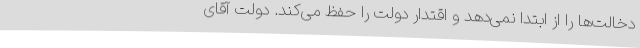
دخالت‌ها را از ابتدا نمی‌دهد و اقتدار دولت را حفظ می‌کند. دولت آقای